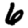
Digit: 6